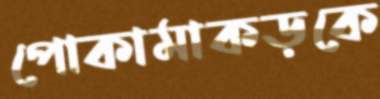
পোকামাকড়কে